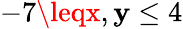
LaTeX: -7\leqx,\mathbf{y}\leq4